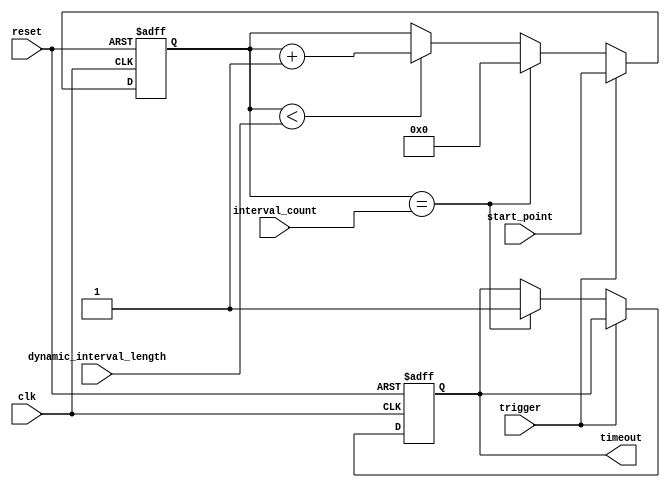
module interval_timer (
    input wire clk,
    input wire reset,
    input wire trigger,
    input wire [31:0] interval_count,
    input wire [31:0] start_point,
    input wire [31:0] dynamic_interval_length,
    output reg timeout
);

reg [31:0] count;

always @(posedge clk or posedge reset) begin
    if (reset) begin
        count <= 0;
        timeout <= 0;
    end else begin
        if (trigger) begin
            count <= start_point;
        end else begin
            if (count == interval_count) begin
                count <= 0;
                timeout <= 1;
            end else if (count < dynamic_interval_length) begin
                count <= count + 1;
            end
        end
    end
end

endmodule